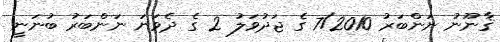
ޤާނޫނު ނަންބަރު 7/2010 ގެ ޖަދުވަލު 2 ގެ ދެވަނަ ނަންބަރު ބުނަނީ